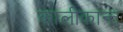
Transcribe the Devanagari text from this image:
कालीकान्त